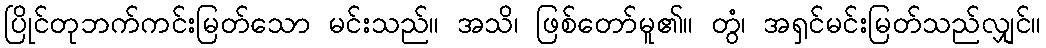
ပြိုင်တုဘက်ကင်းမြတ်သော မင်းသည်။ အသိ၊ ဖြစ်တော်မူ၏။ တွံ၊ အရှင်မင်းမြတ်သည်လျှင်။